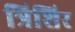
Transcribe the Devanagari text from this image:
त्रिशिर